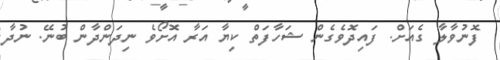
ފޮނުވާލާ ގެއަށް. ފައިދޮވެގެން ޝަހާފަތް ކިޔާ އަރާ އޮށޯވެ ނިދަންދާން ބުނޭ. ނުދާ